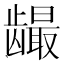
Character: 𲎪